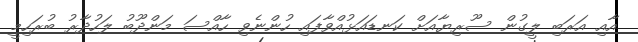
އާއި އަރަބި ލީގުން ސޫރިޔާއަށް ކަނޑައަޅުއްވާފައި ހުންނެވި ހާއްސަ މަންދޫބު ލަހުދާރު ބުރަހިމީ